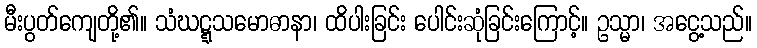
မီးပွတ်ကျေတို့၏။ သံဃဋ္ဋသမောဓာနာ၊ ထိပါးခြင်း ပေါင်းဆုံခြင်းကြောင့်။ ဥသ္မာ၊ အငွေ့သည်။